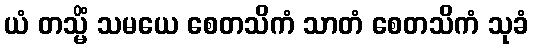
ယံ တသ္မိံ သမယေ စေတသိကံ သာတံ စေတသိကံ သုခံ